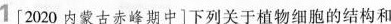
1[2020内蒙古赤峰期中]下列关于植物细胞的结构和